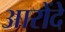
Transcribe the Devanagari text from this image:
आरोंदे